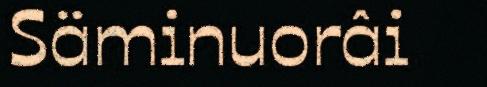
Säminuorâi